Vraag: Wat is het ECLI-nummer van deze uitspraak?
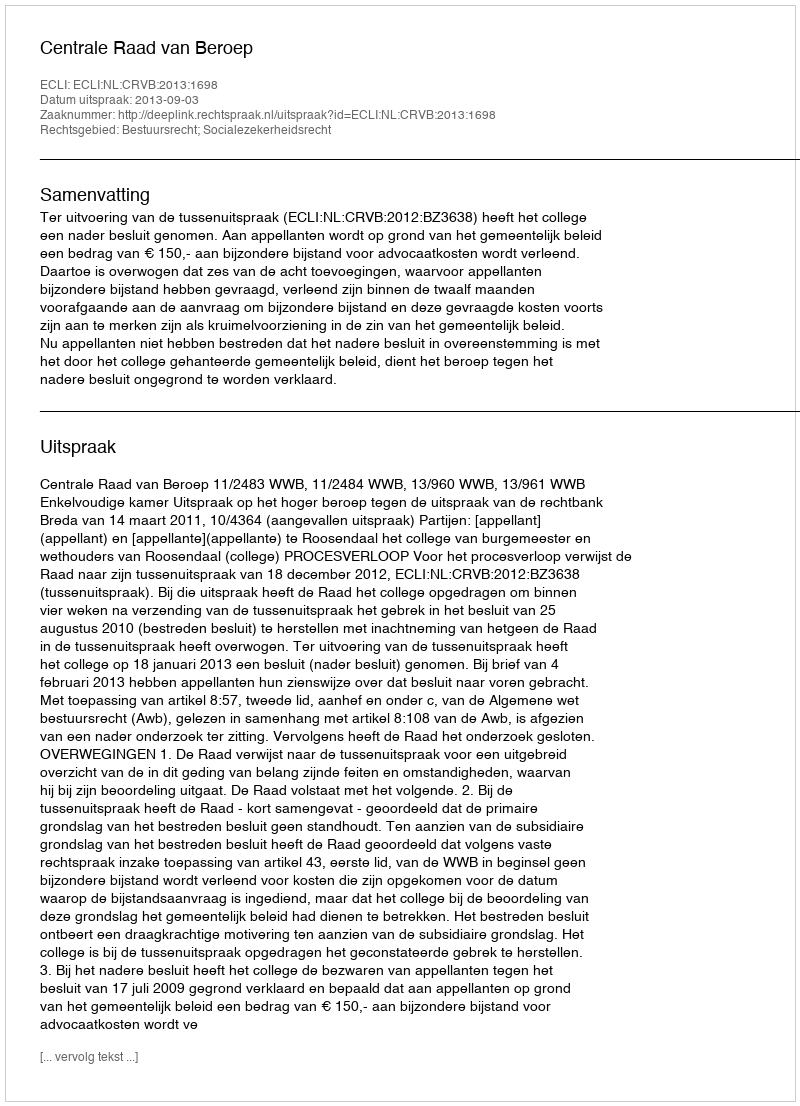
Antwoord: ECLI:NL:CRVB:2013:1698